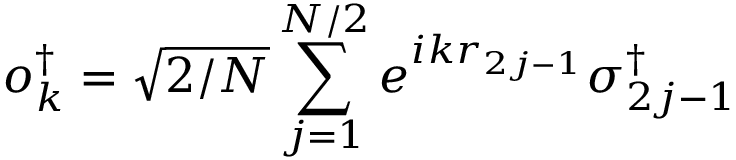
o _ { k } ^ { \dagger } = \sqrt { 2 / N } \sum _ { j = 1 } ^ { N / 2 } e ^ { i k r _ { 2 j - 1 } } \sigma _ { 2 j - 1 } ^ { \dagger }